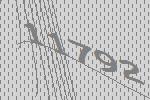
11792